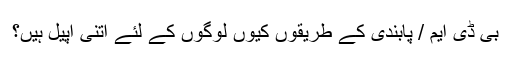
بی ڈی ایم / پابندی کے طریقوں کیوں لوگوں کے لئے اتنی اپیل ہیں؟